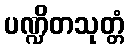
ပဏ္ဍိတသုတ္တံ